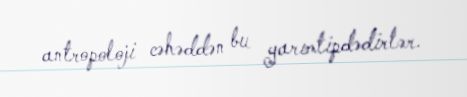
antropoloji cəhəddən bu yarımtipdədirlər.